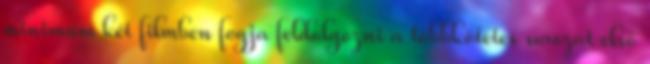
minimum két filmben fogja feldolgozni a többkötetes sorozat első